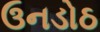
ઉનડોઠ